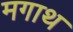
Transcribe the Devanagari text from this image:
मगाथ